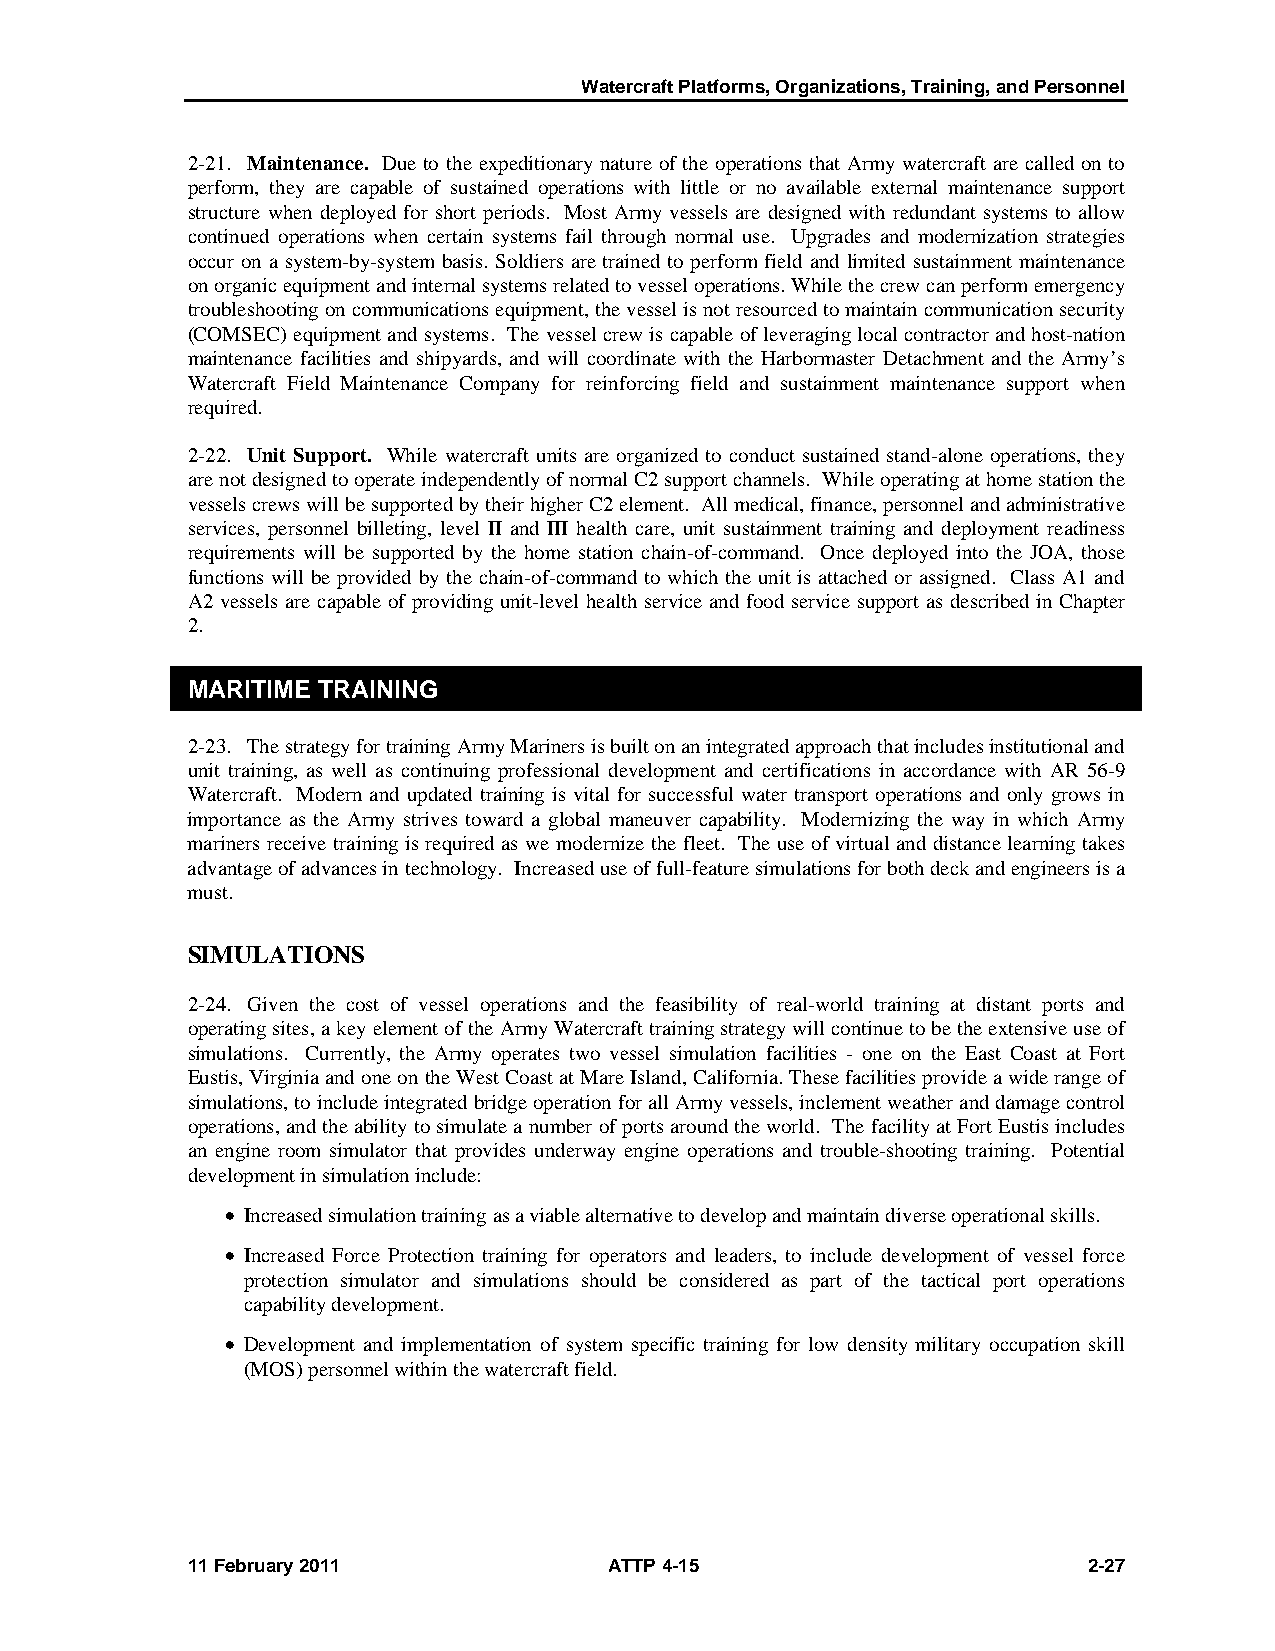
Watercraft Platforms, Organizations, Training, and Personnel
 2-21. Maintenance. Due to the expeditionary nature of the operations that Army watercraft are called on to
 perform, they are capable of sustained operations with little or no available external maintenance support
 structure when deployed for short periods. Most Army vessels are designed with redundant systems to allow
 continued operations when certain systems fail through normal use. Upgrades and modernization strategies
 occur on a system-by-system basis. Soldiers are trained to perform field and limited sustainment maintenance
 on organic equipment and internal systems related to vessel operations. While the crew can perform emergency
 troubleshooting on communications equipment, the vessel is not resourced to maintain communication security
 (COMSEC) equipment and systems. The vessel crew is capable of leveraging local contractor and host-nation
 maintenance facilities and shipyards, and will coordinate with the Harbormaster Detachment and the Army’s
 Watercraft Field Maintenance Company for reinforcing field and sustainment maintenance support when
 required.
 2-22. Unit Support. While watercraft units are organized to conduct sustained stand-alone operations, they
 are not designed to operate independently of normal C2 support channels. While operating at home station the
 vessels crews will be supported by their higher C2 element. All medical, finance, personnel and administrative
 services, personnel billeting, level II and III health care, unit sustainment training and deployment readiness
 requirements will be supported by the home station chain-of-command. Once deployed into the JOA, those
 functions will be provided by the chain-of-command to which the unit is attached or assigned. Class A1 and
 A2 vessels are capable of providing unit-level health service and food service support as described in Chapter
 2.
 MARITIME TRAINING
 2-23. The strategy for training Army Mariners is built on an integrated approach that includes institutional and
 unit training, as well as continuing professional development and certifications in accordance with AR 56-9
 Watercraft. Modern and updated training is vital for successful water transport operations and only grows in
 importance as the Army strives toward a global maneuver capability. Modernizing the way in which Army
 mariners receive training is required as we modernize the fleet. The use of virtual and distance learning takes
 advantage of advances in technology. Increased use of full-feature simulations for both deck and engineers is a
 must.
 SIMULATIONS
 2-24. Given the cost of vessel operations and the feasibility of real-world training at distant ports and
 operating sites, a key element of the Army Watercraft training strategy will continue to be the extensive use of
 simulations. Currently, the Army operates two vessel simulation facilities - one on the East Coast at Fort
 Eustis, Virginia and one on the West Coast at Mare Island, California. These facilities provide a wide range of
 simulations, to include integrated bridge operation for all Army vessels, inclement weather and damage control
 operations, and the ability to simulate a number of ports around the world. The facility at Fort Eustis includes
 an engine room simulator that provides underway engine operations and trouble-shooting training. Potential
 development in simulation include:
 • Increased simulation training as a viable alternative to develop and maintain diverse operational skills.
 • Increased Force Protection training for operators and leaders, to include development of vessel force
 protection simulator and simulations should be considered as part of the tactical port operations
 capability development.
 • Development and implementation of system specific training for low density military occupation skill
 (MOS) personnel within the watercraft field.
 11 February 2011            ATTP 4-15                       2-27